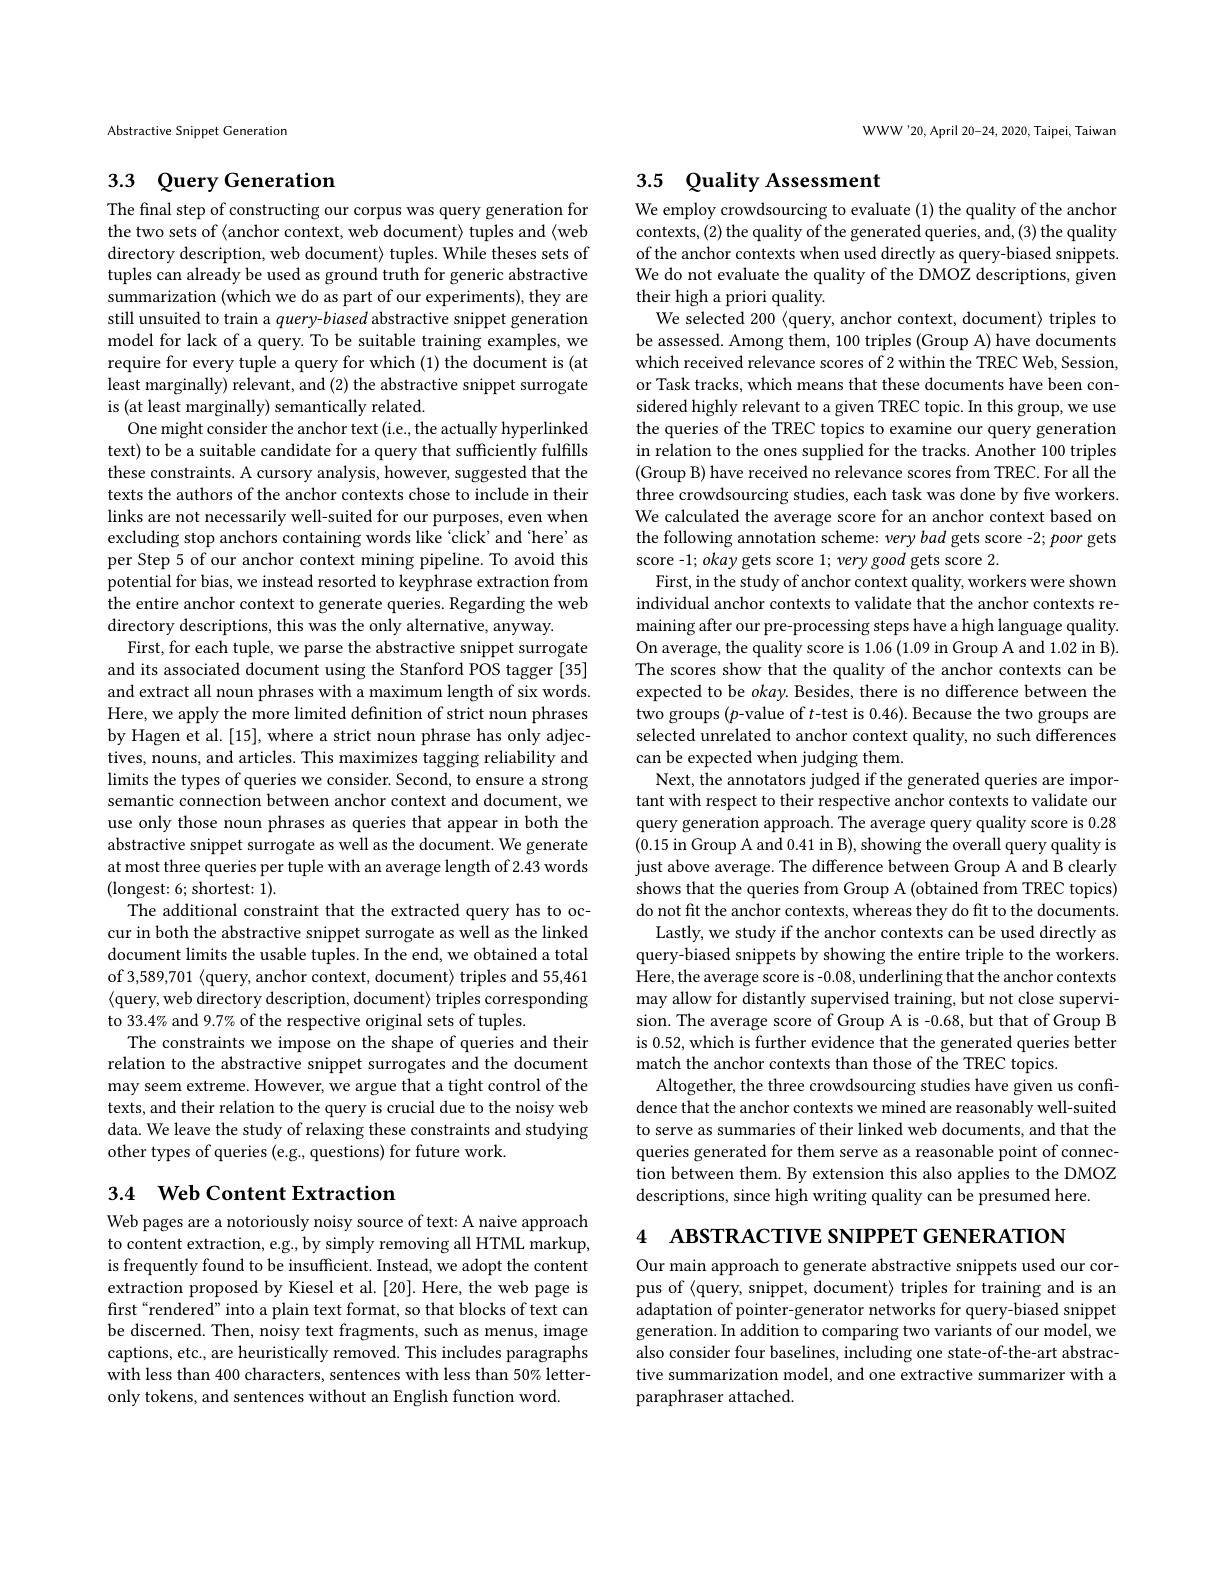
Abstractive Snippet Generation

## 3.3 Query Generation

The final step of constructing our corpus was query generation for the two sets of $\langle$anchor context, web document> tuples and $\langle$web directory description, web document> tuples. While theses sets of tuples can already be used as ground truth for generic abstractive summarization (which we do as part of our experiments), they are still unsuited to train a query-biased abstractive snippet generation model for lack of a query. To be suitable training examples, we require for every tuple a query for which (1) the document is (at least marginally) relevant, and (2) the abstractive snippet surrogate is (at least marginally) semantically related.
One might consider the anchor text (i.e., the actually hyperlinked text) to be a suitable candidate for a query that sufficiently fulfills these constraints. A cursory analysis, however, suggested that the texts the authors of the anchor contexts chose to include in their links are not necessarily well-suited for our purposes, even when excluding stop anchors containing words like‘click’and‘here’as per Step 5 of our anchor context mining pipeline. To avoid this potential for bias, we instead resorted to keyphrase extraction from the entire anchor context to generate queries. Regarding the web directory descriptions, this was the only alternative, anyway.
First, for each tuple, we parse the abstractive snippet surrogate and its associated document using the Stanford POS tagger [35] and extract all noun phrases with a maximum length of six words. Here, we apply the more limited defnition of strict noun phrases by Hagen et al. [15], where a strict noun phrase has only adjectives, nouns, and articles. This maximizes tagging reliability and limits the types of queries we consider. Second, to ensure a strong semantic connection between anchor context and document, we use only those noun phrases as queries that appear in both the abstractive snippet surrogate as well as the document. We generate at most three queries per tuple with an average length of 2.43 words (longest: 6; shortest: 1).
The additional constraint that the extracted query has to occur in both the abstractive snippet surrogate as well as the linked document limits the usable tuples. In the end, we obtained a total of 3,589,701 <query, anchor context, document> triples and 55,461 $\langle$query, web directory description, document> triples corresponding to 33.4% and 9.7% of the respective original sets of tuples.
The constraints we impose on the shape of queries and their relation to the abstractive snippet surrogates and the document may seem extreme. However, we argue that a tight control of the texts, and their relation to the query is crucial due to the noisy web data. We leave the study of relaxing these constraints and studying other types of queries (e.g., questions) for future work.

## 3.4 Web Content Extraction

Web pages are a notoriously noisy source of text: A naive approach to content extraction, e.g., by simply removing all HTML markup, is frequently found to be insufficient. Instead, we adopt the content extraction proposed by Kiesel et al.[20]. Here, the web page is first“rendered” into a plain text format, so that blocks of text can be discerned. Then, noisy text fragments, such as menus, image captions, etc., are heuristically removed. This includes paragraphs with less than 400 characters, sentences with less than 50% letteronly tokens, and sentences without an English function word.

WWW'20, April 20-24, 2020, Taipei, Taiwan

## 3.5 $\textcircled {\text{Quality Assessment}}$

We employ crowdsourcing to evaluate (1) the quality of the anchor contexts, (2) the quality of the generated queries, and, (3) the quality of the anchor contexts when used directly as query-biased snippets. We do not evaluate the quality of the DMOZ descriptions, given their high a priori quality.
We selected 200 {query, anchor context, document}> triples to be assessed. Among them, 100 triples (Group A) have documents which received relevance scores of 2 within the TREC Web, Session, or Task tracks, which means that these documents have been considered highly relevant to a given TREC topic. In this group, we use the queries of the TREC topics to examine our query generation in relation to the ones supplied for the tracks. Another 100 triples (Group B) have received no relevance scores from TREC. For all the three crowdsourcing studies, each task was done by five workers. We calculated the average score for an anchor context based on the following annotation scheme: very bad gets score -2; poor gets score -1; okay gets score 1; very good gets score 2.
First, in the study of anchor context quality, workers were shown individual anchor contexts to validate that the anchor contexts remaining after our pre-processing steps have a high language quality. On average, the quality score is 1.06 (1.09 in Group A and 1.02 in B). The scores show that the quality of the anchor contexts can be expected to be okay. Besides, there is no difference between the two groups (p-value of $t$-test is 0.46). Because the two groups are selected unrelated to anchor context quality, no such differences can be expected when judging them.
Next, the annotators judged if the generated queries are important with respect to their respective anchor contexts to validate our query generation approach. The average query quality score is 0.28 (0.15 in Group A and 0.41 in B), showing the overall query quality is just above average. The difference between Group A and B clearly shows that the queries from Group A (obtained from TREC topics) do not fit the anchor contexts, whereas they do fit to the documents.
Lastly, we study if the anchor contexts can be used directly as query-biased snippets by showing the entire triple to the workers. Here, the average score is -0.08, underlining that the anchor contexts may allow for distantly supervised training, but not close supervision. The average score of Group A is -0.68, but that of Group B is 0.52, which is further evidence that the generated queries better match the anchor contexts than those of the TREC topics.
Altogether, the three crowdsourcing studies have given us confidence that the anchor contexts we mined are reasonably well-suited to serve as summaries of their linked web documents, and that the queries generated for them serve as a reasonable point of connection between them. By extension this also applies to the DMOZ descriptions, since high writing quality can be presumed here.

4 ABSTRACTIVE SNIPPET GENERATION

Our main approach to generate abstractive snippets used our corpus of $\langle$query, snippet, document> triples for training and is an adaptation of pointer-generator networks for query-biased snippet generation. In addition to comparing two variants of our model, we also consider four baselines, including one state-of-the-art abstractive summarization model, and one extractive summarizer with a paraphraser attached